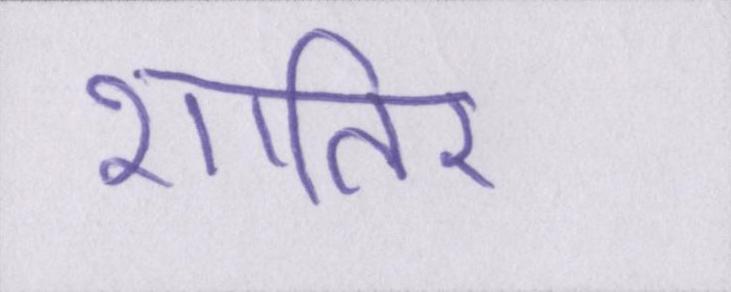
शातिर